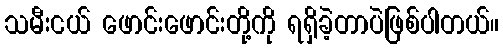
သမီးငယ် ဖောင်းဖောင်းတို့ကို ရရှိခဲ့တာပဲဖြစ်ပါတယ်။